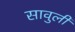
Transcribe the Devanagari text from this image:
सावुली